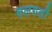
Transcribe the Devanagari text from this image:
गलगली